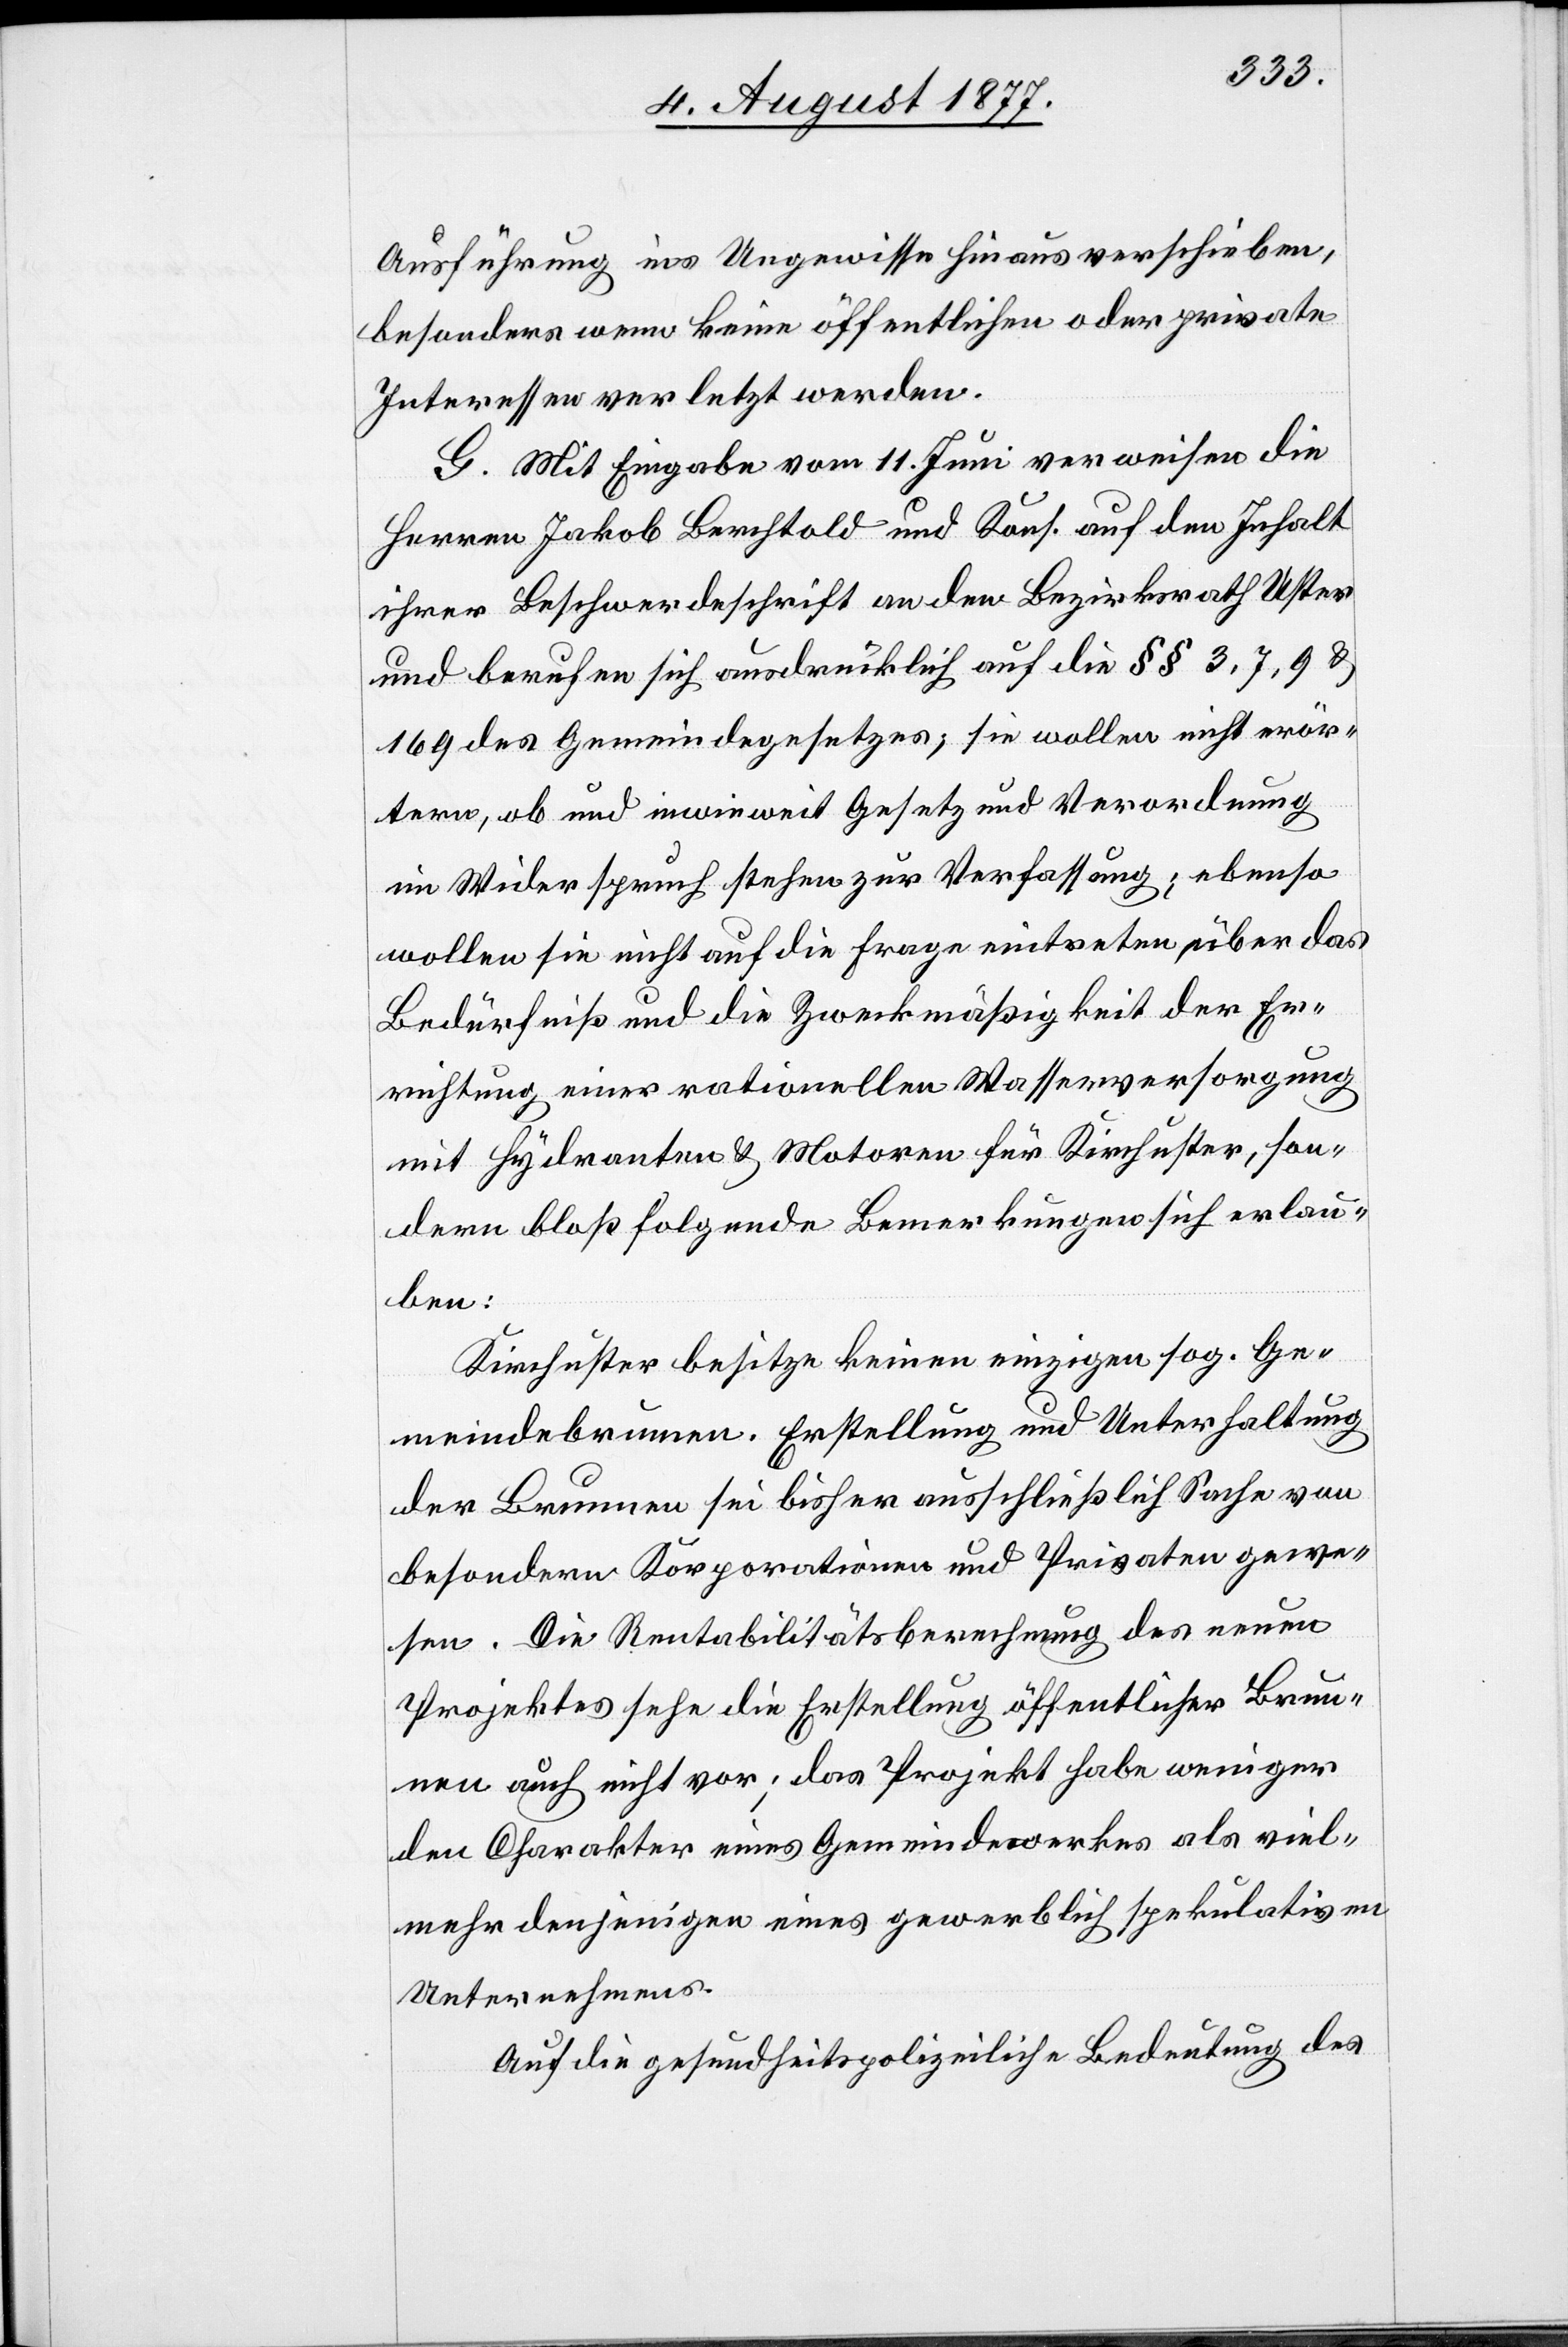
Ausführung ins Ungewisse hinaus verschieben,
besonders wenn keine öffentlichen oder private
Interessen verletzt werden.
G. Mit Eingabe vom 11. Juni verweisen die
Herren Jakob Berchtold und Kons. auf den Inhalt
ihrer Beschwerdeschrift an den Bezirksrath Uster
und berufen sich ausdrücklich auf die §§ 3, 7, 9 &
169 des Gemeindegesetzes; sie wollen nicht erör¬
tern, ob und inwieweit Gesetz und Verordnung
im Widerspruch stehen zur Verfassung; ebenso
wollen sie nicht auf die Frage eintreten über das
Bedürfniß und die Zweckmäßigkeit der Er¬
richtung einer rationellen Wasserversorgung
mit Hydranten & Motoren für Kirchuster, son¬
dern bloß folgende Bemerkungen sich erlau¬
ben:
Kirchuster besitze keinen einzigen sog. Ge¬
meindebrunnen. Erstellung und Unterhaltung
der Brunnen sei bisher ausschließlich Sache von
besondern Korporationen und Privaten gewe¬
sen. Die Rentabilitätsberechnung des neuen
Projektes sehe die Erstellung öffentlicher Brun¬
nen auch nicht vor; das Projekt habe weniger
den Charakter eines Gemeindewerkes als viel¬
mehr denjenigen eines gewerblich spekulativen
Unternehmens.
Auf die gesundheitspolizeiliche Bedeutung des